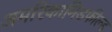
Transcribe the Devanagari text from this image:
अमरिकामिडफील्‍ड